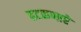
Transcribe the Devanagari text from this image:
हटकणारे